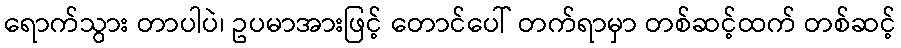
ရောက်သွား တာပါပဲ၊ ဥပမာအားဖြင့် တောင်ပေါ် တက်ရာမှာ တစ်ဆင့်ထက် တစ်ဆင့်